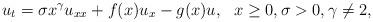
LaTeX: \begin{align*}u_t=\sigma x^\gamma u_{xx}+f(x)u_x-g(x) u, ~~ x\geq0, \sigma>0, \gamma\neq2,\end{align*}